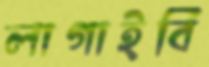
লাগাইবি